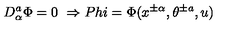
D _ { \alpha } ^ { a } \Phi = 0 \ \Rightarrow P h i = \Phi ( x ^ { \pm \alpha } , \theta ^ { \pm a } , u )